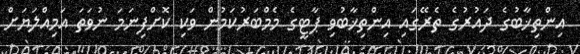
އިންތިޚާބުގެ ދައުރުގެ ތެރޭގައި އިންތިޚާބުވި ޕާޓީގެ މެމްބަރުކަމުން ވަކި ކޮށްފިނަމަ ނުވަތަ އަމިއްލަޔަށް